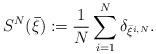
LaTeX: \begin{align*} S^N(\mathbf{\bar \xi}):=\frac{1}{N} \sum_{i=1}^N \delta_{\bar \xi^{i,N}}. \end{align*}